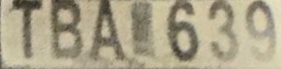
TBA 639